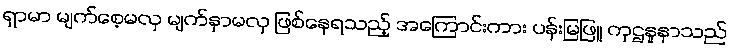
ရှာမာ မျက်စေ့မလှ မျက်နှာမလှ ဖြစ်နေရသည့် အကြောင်းကား ပန်းမြဖြူ ကုဌနူနာသည်